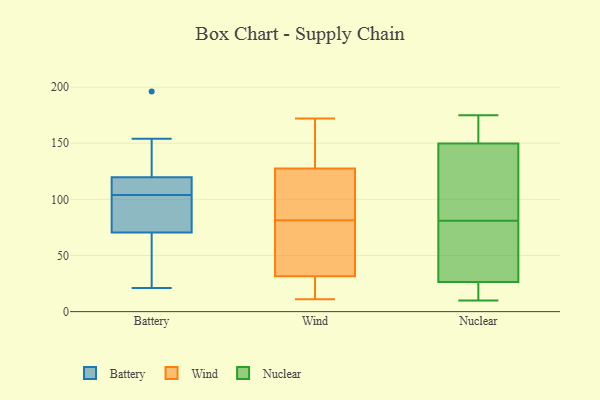
{"axis": {"x": "Active Users", "y": "Value"}, "legend": ["Battery", "Nuclear", "Wind"], "data": [{"x": "", "y": 134, "type": "Battery"}, {"x": "", "y": 37, "type": "Battery"}, {"x": "", "y": 21, "type": "Battery"}, {"x": "", "y": 111, "type": "Battery"}, {"x": "", "y": 196, "type": "Battery"}, {"x": "", "y": 110, "type": "Battery"}, {"x": "", "y": 115, "type": "Battery"}, {"x": "", "y": 57, "type": "Battery"}, {"x": "", "y": 76, "type": "Battery"}, {"x": "", "y": 104, "type": "Battery"}, {"x": "", "y": 75, "type": "Battery"}, {"x": "", "y": 90, "type": "Battery"}, {"x": "", "y": 154, "type": "Battery"}, {"x": "", "y": 31, "type": "Wind"}, {"x": "", "y": 85, "type": "Wind"}, {"x": "", "y": 11, "type": "Wind"}, {"x": "", "y": 157, "type": "Wind"}, {"x": "", "y": 28, "type": "Wind"}, {"x": "", "y": 78, "type": "Wind"}, {"x": "", "y": 148, "type": "Wind"}, {"x": "", "y": 89, "type": "Wind"}, {"x": "", "y": 107, "type": "Wind"}, {"x": "", "y": 70, "type": "Wind"}, {"x": "", "y": 32, "type": "Wind"}, {"x": "", "y": 172, "type": "Wind"}, {"x": "", "y": 170, "type": "Nuclear"}, {"x": "", "y": 10, "type": "Nuclear"}, {"x": "", "y": 75, "type": "Nuclear"}, {"x": "", "y": 11, "type": "Nuclear"}, {"x": "", "y": 57, "type": "Nuclear"}, {"x": "", "y": 112, "type": "Nuclear"}, {"x": "", "y": 81, "type": "Nuclear"}, {"x": "", "y": 171, "type": "Nuclear"}, {"x": "", "y": 175, "type": "Nuclear"}, {"x": "", "y": 143, "type": "Nuclear"}, {"x": "", "y": 30, "type": "Nuclear"}, {"x": "", "y": 125, "type": "Nuclear"}, {"x": "", "y": 16, "type": "Nuclear"}]}